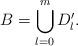
LaTeX: \begin{align*}B=\bigcup\limits_{l=0}^mD'_l.\end{align*}